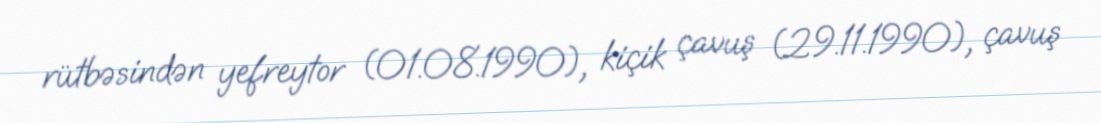
rütbəsindən yefreytor (01.08.1990), kiçik çavuş (29.11.1990), çavuş